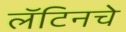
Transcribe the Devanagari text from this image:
लॅटिनचे